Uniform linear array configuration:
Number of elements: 32
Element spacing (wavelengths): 0.25
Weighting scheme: hamming
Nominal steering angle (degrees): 15
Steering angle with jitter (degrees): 13.883
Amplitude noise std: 0.05
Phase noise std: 0.05

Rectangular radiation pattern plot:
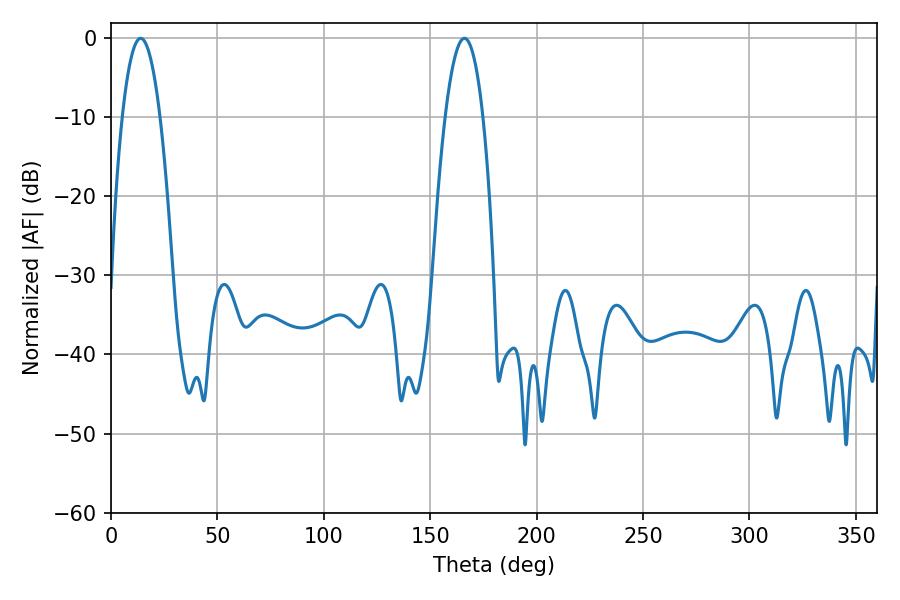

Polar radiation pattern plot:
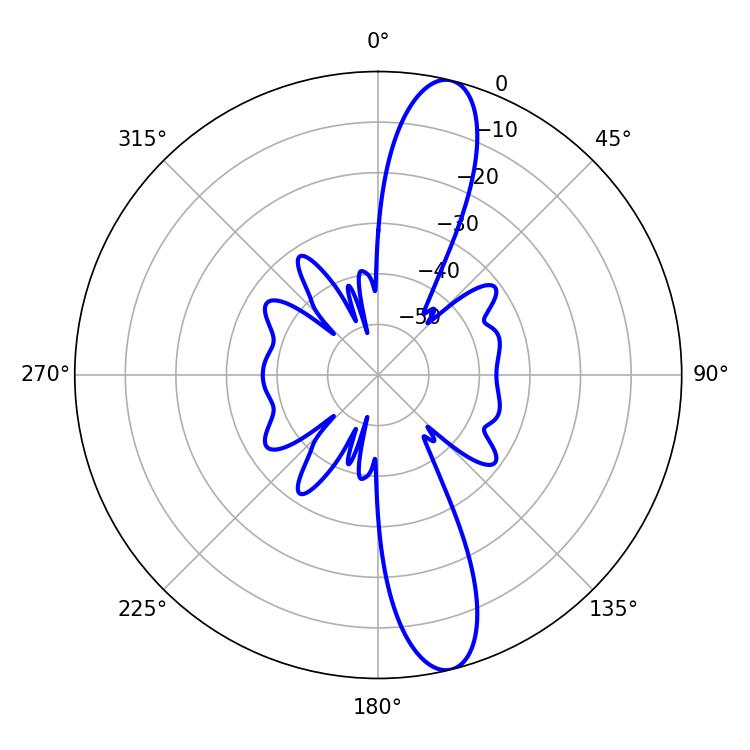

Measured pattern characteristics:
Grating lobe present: FALSE
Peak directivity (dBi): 13.516
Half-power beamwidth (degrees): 9.72
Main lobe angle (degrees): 13.86